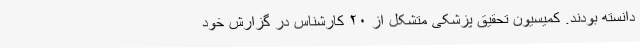
دانسته بودند. کمیسیون تحقیق پزشکی متشکل از ۲۰ کارشناس در گزارش خود